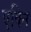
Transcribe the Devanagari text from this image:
एक्नि